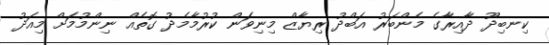
ކިނބިދޫ ދާއިރާގެ މެންބަރު އަބްދު ރިޔާޒް މިނިވަން ކުރުމާމެދު ގޮތެއް ނިންމުމަށް މިއަދު